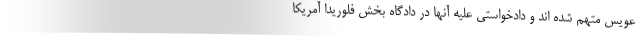
عویس متهم شده اند و دادخواستی علیه آنها در دادگاه بخش فلوریدا آمریکا